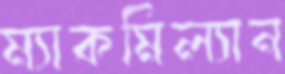
ম্যাকমিল্যান